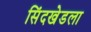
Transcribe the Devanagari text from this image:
सिंदखेडला